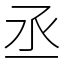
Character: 丞